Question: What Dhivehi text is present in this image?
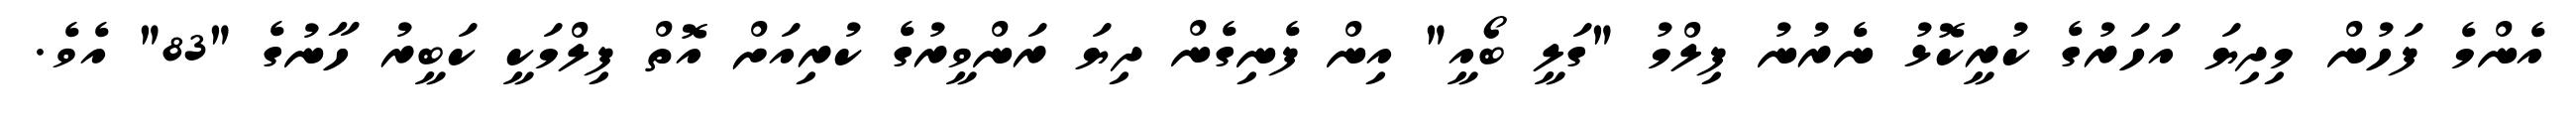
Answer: އެންމެ ފަހުން މިދިޔަ އަހަރުގެ ކުރީކޮޅު ނެރުނު ފިލްމު "ގަލީ ބޯއީ" އިން ފެނިގެން ދިޔަ ރަންވީރުގެ ކުރިއަށް އޮތް ފިލްމަކީ ކަބީރު ހާނުގެ "83" އެވެ.